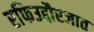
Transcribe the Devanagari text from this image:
रफिउद्दौरजात